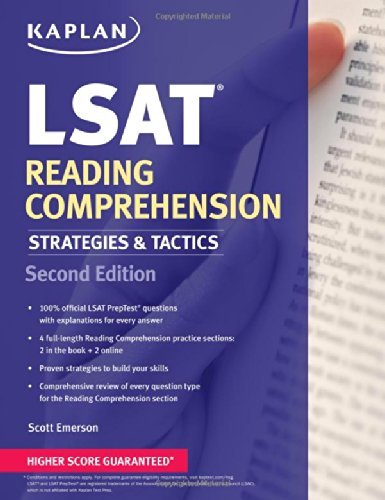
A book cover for Kaplan LSAT Reading Comprehension Strategies & Tactics (Kaplan Test Prep); Scott Emerson; Test Preparation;